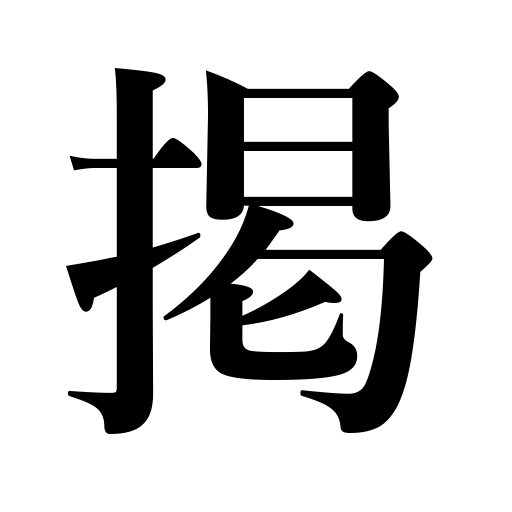
Meanings: mention,publish,describe,insert,put up,display,hang out,hoist